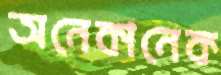
অনেকানেক